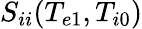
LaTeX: S_{ii}(T_{e1},T_{i0})